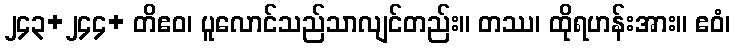
၂၄၃+၂၄၄+ တိဧဝ၊ ပူလောင်သည်သာလျင်တည်း။ တဿ၊ ထိုရဟန်းအား။ ဧဝံ၊